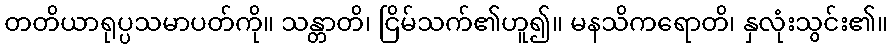
တတိယာရုပ္ပသမာပတ်ကို။ သန္တာတိ၊ ငြိမ်သက်၏ဟူ၍။ မနသိကရောတိ၊ နှလုံးသွင်း၏။